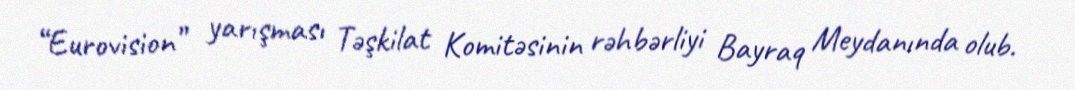
“Eurovision” yarışması Təşkilat Komitəsinin rəhbərliyi Bayraq Meydanında olub.